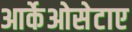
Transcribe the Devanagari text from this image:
आर्केओसेटाए